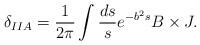
LaTeX: \begin{align*}\delta_{IIA}=\frac{1}{2\pi}\int \frac{ds}{s} e^{-b^2 s} B \times J.\end{align*}